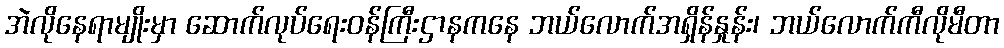
အဲလိုနေရာမျိုးမှာ ဆောက်လုပ်ရေးဝန်ကြီးဌာနကနေ ဘယ်လောက်အရှိန်နှုန်း၊ ဘယ်လောက်ကီလိုမီတာ